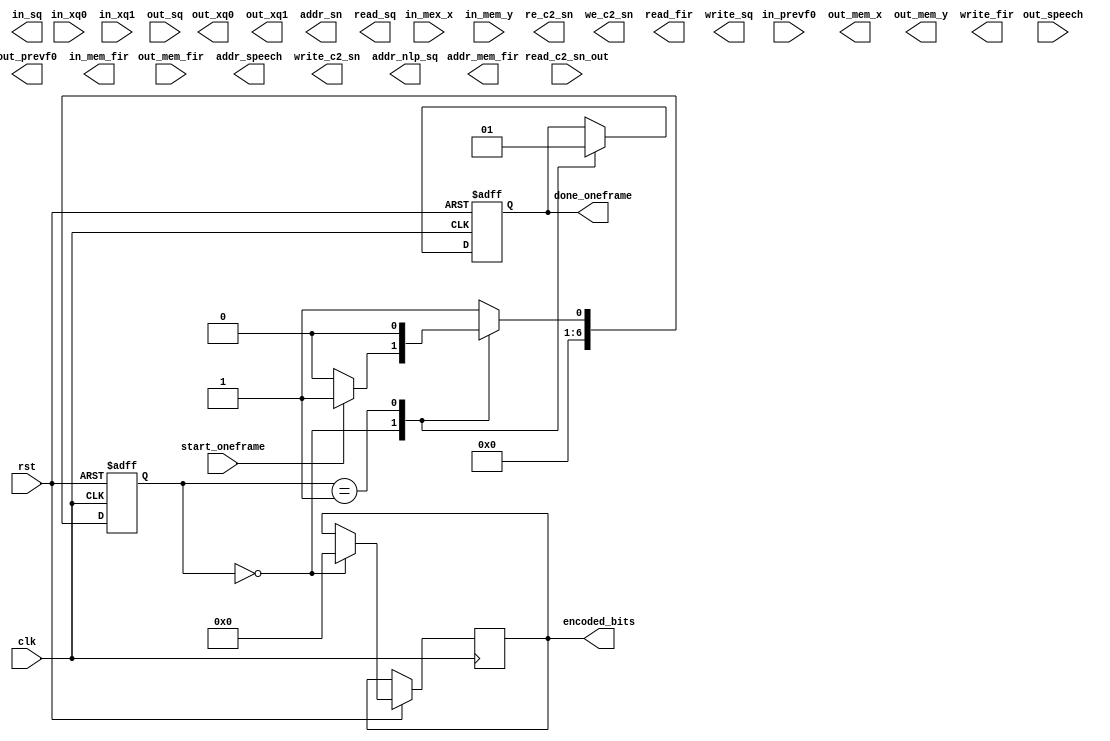
module codec2_encoder_2400_one_frame_test (start_oneframe,clk, rst,
														in_mex_x, in_mem_y ,  in_prevf0, in_xq0, in_xq1,
														out_speech,read_c2_sn_out,out_mem_fir,out_sq,		
									  
											// output
											out_mem_x,out_mem_y,out_prevf0, out_xq0, out_xq1,
											encoded_bits,
											addr_speech,addr_sn,write_c2_sn,
											re_c2_sn,we_c2_sn,		
											addr_mem_fir,in_mem_fir,read_fir,write_fir,
											addr_nlp_sq,in_sq,read_sq,write_sq,
											done_oneframe		
								    	);

//------------------------------------------------------------------
//                 -- Input/Output Declarations --                  
//------------------------------------------------------------------
				parameter N = 32;
				parameter Q = 16;
				parameter BITS_WIDTH = 48;
				
				parameter N1 = 80;
				parameter Q1 = 16;

				input clk,rst,start_oneframe;
				input  [N1-1:0] in_mex_x,in_mem_y;
				input [N-1:0] in_prevf0,in_xq0, in_xq1;
				input [N-1:0] out_speech,read_c2_sn_out;
				input [N1-1:0] out_mem_fir,out_sq;

				output  reg [BITS_WIDTH-1 : 0] encoded_bits;
				
				output  reg [N1-1:0] out_mem_x,out_mem_y;
				output reg [N-1:0] out_prevf0, out_xq0, out_xq1;
			   output reg [9:0] addr_speech, addr_sn, addr_mem_fir, addr_nlp_sq;
				output reg [N-1:0] write_c2_sn;
				output reg [N1-1:0] in_mem_fir, in_sq;

				output reg done_oneframe,re_c2_sn, we_c2_sn, read_fir, 
									    write_fir, read_sq,write_sq;
				
	
				reg [N-1:0] c_w0_1,c_w0_2,c_w0,c_w1;
				reg [N-1:0] c_lsp_check;//,c_sn, c_e;				 
				reg [3:0] clsp0,clsp1,clsp2,clsp3,clsp4,clsp5,clsp6,clsp7,clsp8,clsp9;
			
					
				reg [N-1:0] check_pitch1, check_best_fo1, check_pitch2, check_best_fo2;
				
				
				reg [N-1:0] c_e,c_sn,ch_lsp;
				
//				 
//				reg [9:0] addr_speech;
//				wire [N-1:0] out_speech;
//				RAM_speech_0  r_speech_0(addr_speech,clk,,1,0,out_speech); 
//				
//				/*----------- RAM_speech for one_frame - 320 size ---------------------*/
//				reg [9:0] addr_sn;
//				reg [N-1:0] write_c2_sn;
//				reg re_c2_sn,we_c2_sn;
//				wire [N-1:0] read_c2_sn_out;
//				 
//				RAM_c2_speech_sn c2_sn (addr_sn,clk,write_c2_sn,re_c2_sn,we_c2_sn,read_c2_sn_out);   
//
//				/*----------- RAM_nlp_mem_fir - size 48 ---------------------*/
//				reg [9:0] addr_mem_fir;
//				reg [N1-1:0] in_mem_fir;
//				reg read_fir, write_fir;
//				wire [N1-1:0] out_mem_fir;
//											 
//				RAM_nlp_mem_fir_80  mem_fir   (addr_mem_fir,clk,in_mem_fir,read_fir,write_fir,out_mem_fir);	
//
//				/*----------- RAM_nlp_sq - size 320 ---------------------*/
//				reg [9:0] addr_nlp_sq;
//				reg [N1-1:0] in_sq;
//				reg read_sq,write_sq;
//				wire [N1-1:0] out_sq;
//
//				RAM_nlp_sq_80    nlp_sq	   (addr_nlp_sq,clk,in_sq,read_sq,write_sq,out_sq);	
				

//------------------------------------------------------------------
//                  -- State & Reg Declarations  --                   
//------------------------------------------------------------------

parameter START = 7'd0,
          DONE = 7'd1;
			 

reg [3:0] c_lsp;

reg [6:0] STATE, NEXT_STATE;

parameter [9:0] N_SAMP = 10'd80,
				M_PITCH = 10'd320;
//------------------------------------------------------------------
//                 -- Module Instantiations --                  
//------------------------------------------------------------------
 reg [9:0] i;
 reg [N-1:0] sn_data;
 


//------------------------------------------------------------------
//                 -- Begin Declarations & Coding --                  
//------------------------------------------------------------------

always@(posedge clk or negedge rst)     // Determine STATE
begin

	if (rst == 1'b0)
		STATE <= START;
	else
		STATE <= NEXT_STATE;

end


always@(*)                              // Determine NEXT_STATE
begin
	case(STATE)

	START:
	begin
		if(start_oneframe)
		begin
			NEXT_STATE = DONE;
		end
		else
		begin
			NEXT_STATE = START;
		end
		
	end
	
	
	DONE:
	begin
		NEXT_STATE = START;
	end

	default:
	begin
		NEXT_STATE = DONE;
	end

	endcase
end


always@(posedge clk or negedge rst)     // Determine outputs
begin

	if (rst == 1'b0)
	begin
		done_oneframe <= 1'b0;
			
	end

	else
	begin
		case(STATE)

		START:
		begin
			done_oneframe <= 1'b0;
			encoded_bits <= 48'd0;
			
		end
		
		/* for(i=0; i<m_pitch-n_samp; i++)
		  c2->Sn[i] = c2->Sn[i+n_samp];
		for(i=0; i<n_samp; i++)
		  c2->Sn[i+m_pitch-n_samp] = speech[i]; */
		
		
		DONE:
		begin
			done_oneframe <= 1'b1;
		end

		endcase
	end

end


endmodule